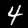
Digit: 4